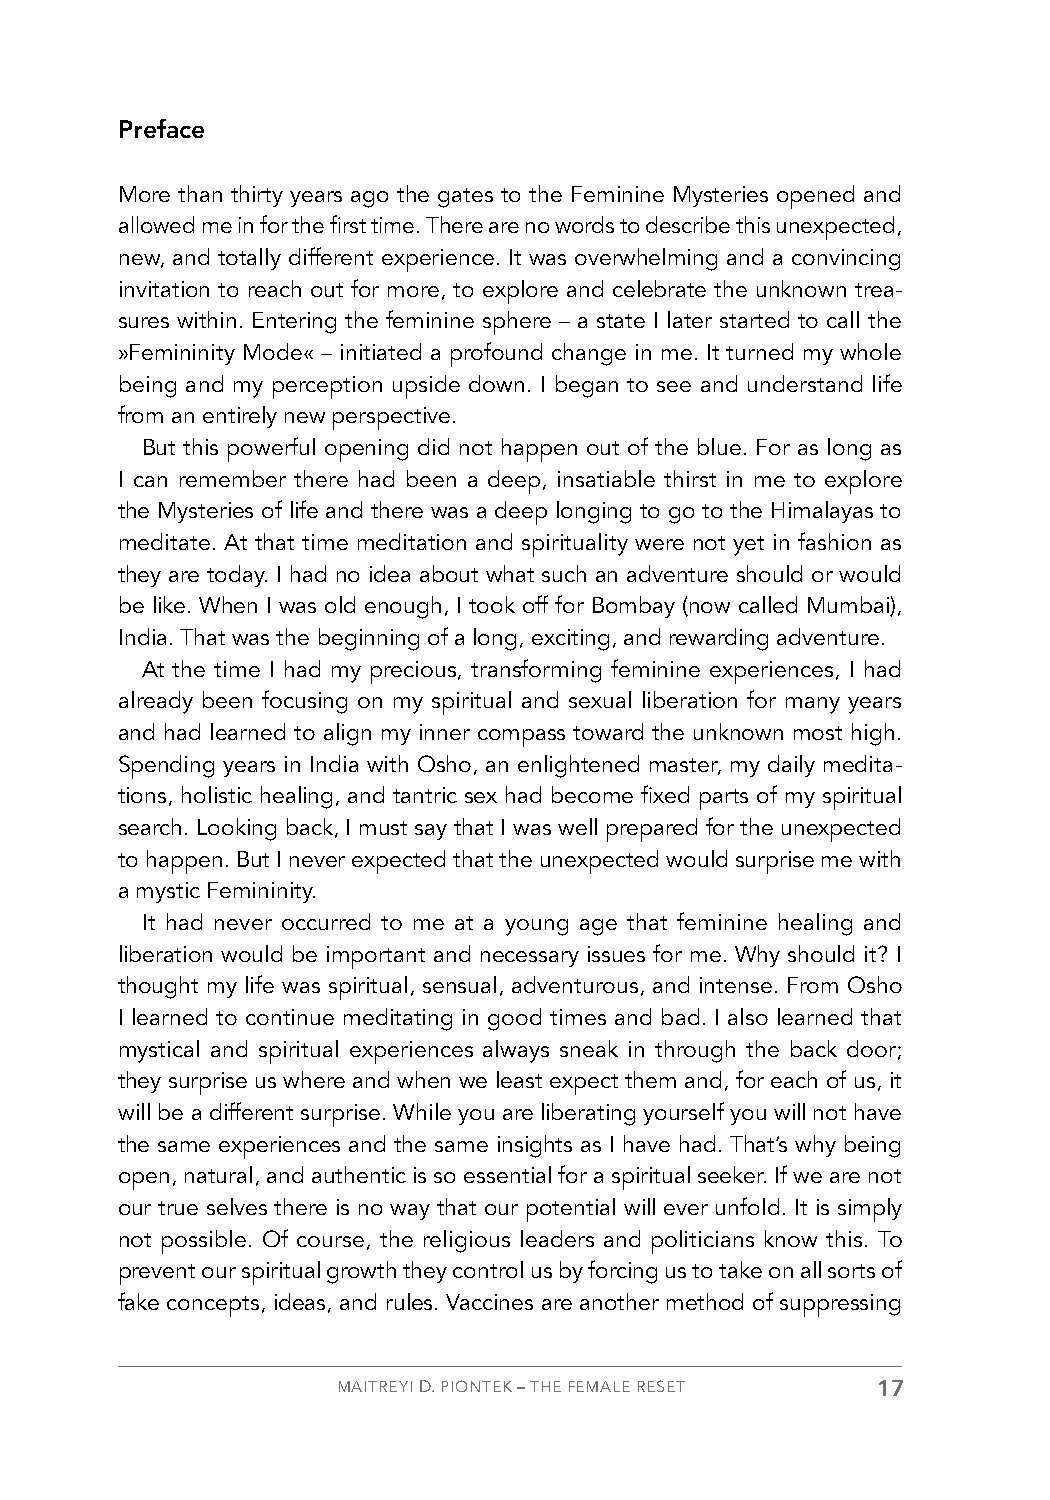
Preface
 More than thirty years ago the gates to the Feminine Mysteries opened and
 allowed me in for the first time. There are no words to describe this unexpected,
 new, and totally different experience. It was overwhelming and a convincing
 invitation to reach out for more, to explore and celebrate the unknown trea-
 sures within. Entering the feminine sphere – a state I later started to call the
 »Femininity Mode« – initiated a profound change in me. It turned my whole
 being and my perception upside down. I began to see and understand life
 from an entirely new perspective.
 But this powerful opening did not happen out of the blue. For as long as
 I can remember there had been a deep, insatiable thirst in me to explore
 the Mysteries of life and there was a deep longing to go to the Himalayas to
 meditate. At that time meditation and spirituality were not yet in fashion as
 they are today. I had no idea about what such an adventure should or would
 be like. When I was old enough, I took off for Bombay (now called Mumbai),
 India. That was the beginning of a long, exciting, and rewarding adventure.
 At the time I had my precious, transforming feminine experiences, I had
 already been focusing on my spiritual and sexual liberation for many years
 and had learned to align my inner compass toward the unknown most high.
 Spending years in India with Osho, an enlightened master, my daily medita-
 tions, holistic healing, and tantric sex had become fixed parts of my spiritual
 search. Looking back, I must say that I was well prepared for the unexpected
 to happen. But I never expected that the unexpected would surprise me with
 a mystic Femininity.
 It had never occurred to me at a young age that feminine healing and
 liberation would be important and necessary issues for me. Why should it? I
 thought my life was spiritual, sensual, adventurous, and intense. From Osho
 I learned to continue meditating in good times and bad. I also learned that
 mystical and spiritual experiences always sneak in through the back door;
 they surprise us where and when we least expect them and, for each of us, it
 will be a different surprise. While you are liberating yourself you will not have
 the same experiences and the same insights as I have had. That’s why being
 open, natural, and authentic is so essential for a spiritual seeker. If we are not
 our true selves there is no way that our potential will ever unfold. It is simply
 not possible. Of course, the religious leaders and politicians know this. To
 prevent our spiritual growth they control us by forcing us to take on all sorts of
 fake concepts, ideas, and rules. Vaccines are another method of suppressing
 MAITREYI D. PIONTEK – THE FEMALE RESET 17